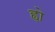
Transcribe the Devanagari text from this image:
ह्वो